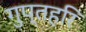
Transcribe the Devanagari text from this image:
गुप्तहरि